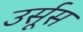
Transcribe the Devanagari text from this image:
उर्सूस